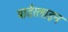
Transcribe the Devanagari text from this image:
बार्डरलाइन